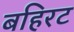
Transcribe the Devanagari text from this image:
बहिरट